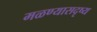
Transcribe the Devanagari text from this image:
मळण्यासदृष्य